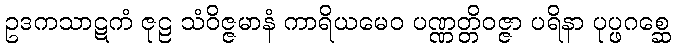
ဥဒကသာဋကံ ဇုဠ သံဝိဇ္ဇမာနံ ကာရိယမေဝ ပဏ္ဏတ္တိဝဇ္ဇာ ပရိနာ ပုပ္ဖဂစ္ဆေ